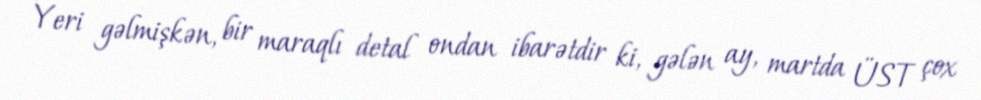
Yeri gəlmişkən, bir maraqlı detal ondan ibarətdir ki, gələn ay, martda ÜST çox